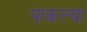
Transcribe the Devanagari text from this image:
पाकल्या